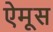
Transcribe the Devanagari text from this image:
ऐमूस